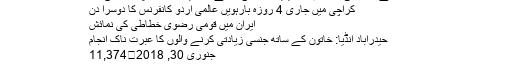
‘داعش’ نے اجتماعی قتل عام اور قیدیوں کو ذبح کرنے کا بھیانک سلسلہ پھر شروع …
کراچی میں جاری 4 روزہ بارہویں عالمی اُردو کانفرنس کا دوسرا دن
ایران میں قومی رضوی خطاطی کی نمائش
حیدرآباد انڈیا: خاتون کے ساتھ جنسی زیادتی کرنے والوں کا عبرت ناک انجام
جنوری 30, 2018	11,374
فروری 13, 2017	11,373